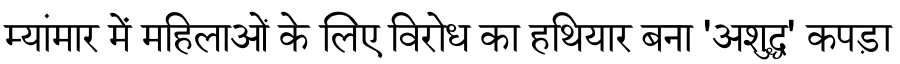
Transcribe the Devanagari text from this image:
म्यांमार में महिलाओं के लिए विरोध का हथियार बना 'अशुद्ध' कपड़ा